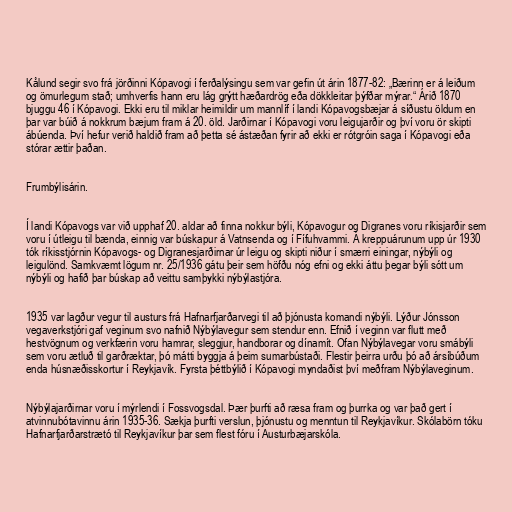
Kålund segir svo frá jörðinni Kópavogi í ferðalýsingu sem var gefin út árin 1877-82: „Bærinn er á leiðum
og ömurlegum stað; umhverfis hann eru lág grýtt hæðardrög eða dökkleitar þýfðar mýrar.“ Árið 1870
bjuggu 46 í Kópavogi. Ekki eru til miklar heimildir um mannlíf í landi Kópavogsbæjar á síðustu öldum en
þar var búið á nokkrum bæjum fram á 20. öld. Jarðirnar í Kópavogi voru leigujarðir og því voru ör skipti
ábúenda. Því hefur verið haldið fram að þetta sé ástæðan fyrir að ekki er rótgróin saga í Kópavogi eða
stórar ættir þaðan.

Frumbýlisárin.

Í landi Kópavogs var við upphaf 20. aldar að finna nokkur býli, Kópavogur og Digranes voru ríkisjarðir sem
voru í útleigu til bænda, einnig var búskapur á Vatnsenda og í Fífuhvammi. Á kreppuárunum upp úr 1930
tók ríkisstjórnin Kópavogs- og Digranesjarðirnar úr leigu og skipti niður í smærri einingar, nýbýli og
leigulönd. Samkvæmt lögum nr. 25/1936 gátu þeir sem höfðu nóg efni og ekki áttu þegar býli sótt um
nýbýli og hafið þar búskap að veittu samþykki nýbýlastjóra.

1935 var lagður vegur til austurs frá Hafnarfjarðarvegi til að þjónusta komandi nýbýli. Lýður Jónsson
vegaverkstjóri gaf veginum svo nafnið Nýbýlavegur sem stendur enn. Efnið í veginn var flutt með
hestvögnum og verkfærin voru hamrar, sleggjur, handborar og dínamít. Ofan Nýbýlavegar voru smábýli
sem voru ætluð til garðræktar, þó mátti byggja á þeim sumarbústaði. Flestir þeirra urðu þó að ársíbúðum
enda húsnæðisskortur í Reykjavík. Fyrsta þéttbýlið í Kópavogi myndaðist því meðfram Nýbýlaveginum.

Nýbýlajarðirnar voru í mýrlendi í Fossvogsdal. Þær þurfti að ræsa fram og þurrka og var það gert í
atvinnubótavinnu árin 1935-36. Sækja þurfti verslun, þjónustu og menntun til Reykjavíkur. Skólabörn tóku
Hafnarfjarðarstrætó til Reykjavíkur þar sem flest fóru í Austurbæjarskóla.